Annual report of the Madras Medical College
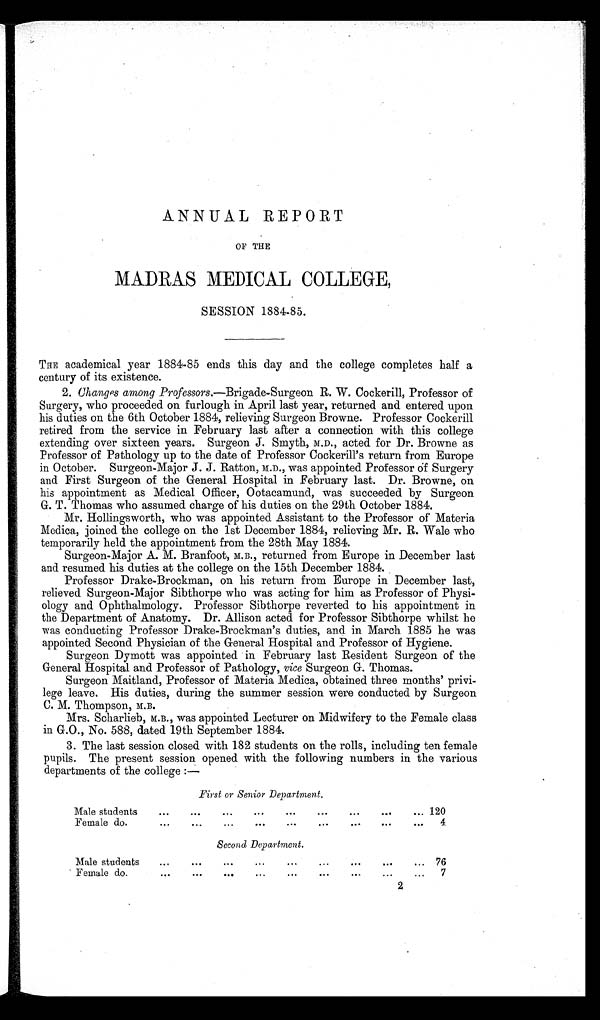
ANNUAL REPORT
OF THE
MADRAS MEDICAL COLLEGE,
SESSION 1884-85.
THE academical year 1884-85 ends this day and the college completes half a
century of its existence.
2. Changes among Professors. —Brigade-Surgeon R. W. Cockerill, Professor of
Surgery, who proceeded on furlough in April last year, returned and entered upon
his duties on the 6th October 1884, relieving Surgeon Browne. Professor Cockerill
retired from the service in February last after a connection with this college
extending over sixteen years. Surgeon J. Smyth, M.D., acted for Dr. Browne as
Professor of Pathology up to the date of Professor Cockerill's return from Europe
in October. Surgeon-Major J. J. Ratton, M.D., was appointed Professor of Surgery
and First Surgeon of the General Hospital in February last. Dr. Browne, on
his appointment as Medical Officer, Ootacamund, was succeeded by Surgeon
G. T. Thomas who assumed charge of his duties on the 29th October 1884.
Mr. Hollingsworth, who was appointed Assistant to the Professor of Materia
Medica, joined the college on the 1st December 1884, relieving Mr. R. Wale who
temporarily held the appointment from the 28th May 1884.
Surgeon-Major A. M. Branfoot, M.B., returned from Europe in December last
and resumed his duties at the college on the 15th December 1884.
Professor Drake-Brockman, on his return from Europe in December last,
relieved Surgeon-Major Sibthorpe who was acting for him as Professor of Physi
ology and Ophthalmology. Professor Sibthorpe reverted to his appointment in
the Department of Anatomy. Dr. Allison acted for Professor Sibthorpe whilst he
was conducting Professor Drake-Brockman's duties, and in March 1885 he was
appointed Second Physician of the General Hospital and Professor of Hygiene.
Surgeon Dymott was appointed in February last Resident Surgeon of the
General Hospital and Professor of Pathology, vice Surgeon G. Thomas.
Surgeon Maitland, Professor of Materia Medica, obtained three months' privi
lege leave. His duties, during the summer session were conducted by Surgeon
C. M. Thompson, M.B.
Mrs. Scharlieb,was appointed Lecturer on Midwifery to the Female class
in G.O., No. 588, dated 19th September 1884.
3. The last session closed with 182 students on the rolls, including ten female
pupils. The present session opened with the following numbers in the various
departments of the college:—